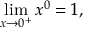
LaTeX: \operatorname* { l i m } _ { x \to 0 ^ { + } } x ^ { 0 } = 1 , \qquad